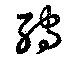
辮